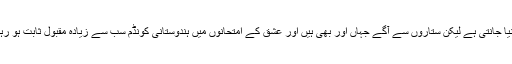
یہ تو دنیا جانتی ہے لیکن ستاروں سے آگے جہاں اور بھی ہیں اور عشق کے امتحانوں میں ہندوستانی کونڈم سب سے زیادہ مقبول ثابت ہو رہے ہیں۔